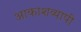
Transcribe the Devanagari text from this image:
आकाशव्यापी